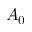
A _ { 0 }